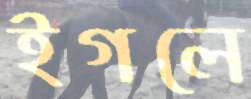
ইগলে